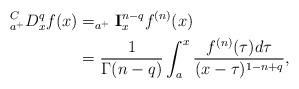
LaTeX: \begin{align*}_{a^{+}}^{C}D_{x}^{q}f(x) & =_{a^{+}}\mathbf{I}_{x}^{n-q}f^{(n)}(x)\\& =\frac{1}{\Gamma(n-q)}\int_{a}^{x}\frac{f^{(n)}(\tau)d\tau}{(x-\tau)^{1-n+q}},\end{align*}